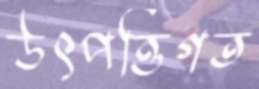
উৎপত্তিগত